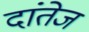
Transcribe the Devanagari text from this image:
दांतेज